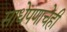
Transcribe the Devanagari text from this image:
साधेपणाचेही